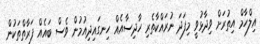
އިލްހާމް އިތުރަށް ވިދާޅުވީ މިފަދަ ނުރައްކާތެރި ހާދިސާއެއް ހިނގައިދިއުމުން ވެސް ބައެއް ފަރާތްތަކުން